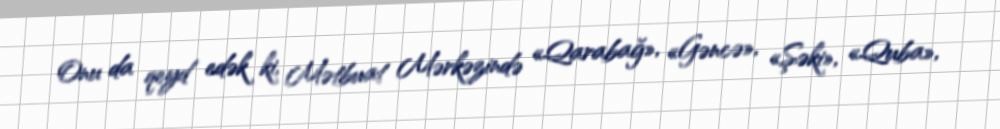
Onu da qeyd edək ki, Mətbuat Mərkəzində «Qarabağ», «Gəncə», «Şəki», «Quba»,